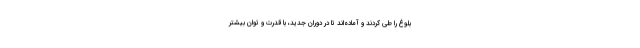
بلوغ را طی کردند و آماده‌اند تا در دوران جدید، با قدرت و توان بیشتر